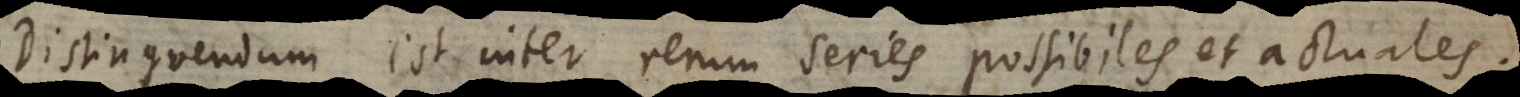
Distinguendum est inter rerum series possibiles et actuales.